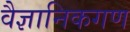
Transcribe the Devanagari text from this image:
वैज्ञानिकगण